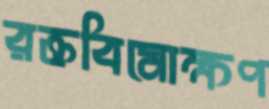
রক্তবিমোক্ষণ